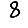
Digit: 8